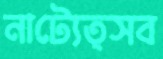
নাট্যেত্সব